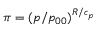
\pi = ( p / p _ { 0 0 } ) ^ { R / c _ { p } }